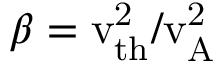
\beta = \mathrm { v _ { t h } ^ { 2 } / v _ { A } ^ { 2 } }